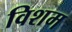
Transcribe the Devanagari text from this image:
विशम